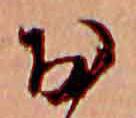
お